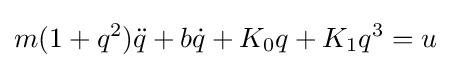
m(1+q^{2}){\ddot {q}}+b{\dot {q}}+K_{0}q+K_{1}q^{3}=u